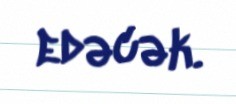
edəcək.